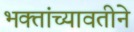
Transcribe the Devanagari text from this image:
भक्तांच्यावतीने